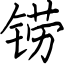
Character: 铹